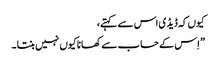
کیوں کہ ڈیڈ ی اس سے کہتے،
” اِس کے حساب سے کھانا کیوں نہیں بنتا ۔